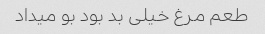
طعم مرغ خیلی بد بود بو میداد